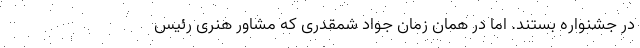
در جشنواره بستند. اما در همان زمان جواد شمقدری که مشاور هنری رئیس